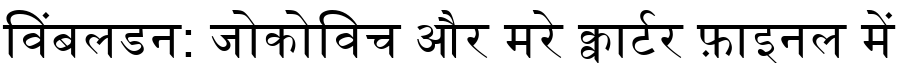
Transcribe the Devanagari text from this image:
विंबलडन: जोकोविच और मरे क्वार्टर फ़ाइनल में